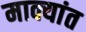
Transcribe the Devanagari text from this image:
माक्यांत